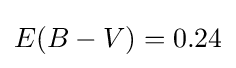
E(B-V)=0.24